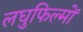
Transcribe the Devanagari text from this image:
लघुफिल्मों